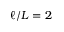
\ell / L = 2